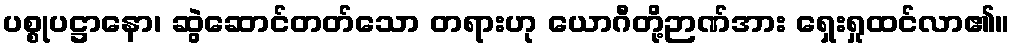
ပစ္စုပဋ္ဌာနော၊ ဆွဲဆောင်တတ်သော တရားဟု ယောဂီတို့ဉာဏ်အား ရှေးရှုထင်လာ၏။